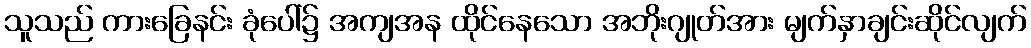
သူသည် ကားခြေနင်း ခုံပေါ်၌ အကျအန ထိုင်နေသော အဘိုးဂျုတ်အား မျက်နှာချင်းဆိုင်လျက်